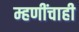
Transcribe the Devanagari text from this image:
म्हणींचाही